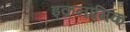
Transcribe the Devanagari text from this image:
इकनौमिक